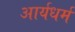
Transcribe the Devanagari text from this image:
आर्यधर्म